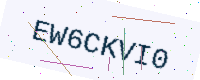
Text: EW6CKVI0